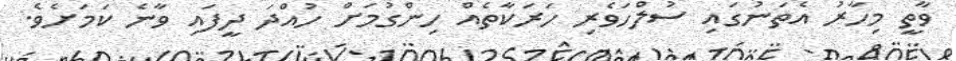
ވާތީ މިހާރު އެތަނުގައި ސުލްހަވެރި ހަރަކާތެއް ހިންގުމަށް ހުއްދަ ދީފައި ވާނެ ކަމަށެވެ.